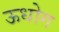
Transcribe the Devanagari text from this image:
ऊधोग